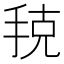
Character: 𭠳